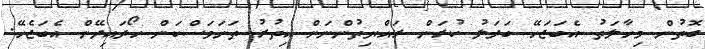
ގޮތުން މިހާލަތު އެބަޖަހޭ ބަދަލު ކުރަން ރައްޔިތުންނަށް އިތުރު ތަނަވަސްކަން ހޯދައިދޭން އެބަޖެހޭ.